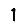
Digit: 1